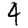
Digit: 4